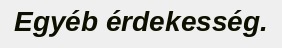
Egyéb érdekesség.